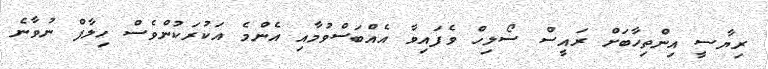
ރިޔާސީ އިންތިހާބަށް ރައީސް ސޯލިހް ވެފަައިވާ އެއްބަސްވުމާއި އެންމެ އަކުރަކުންވެސް ހިލާފް ނުވާނެ